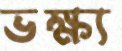
ভক্ষ্য